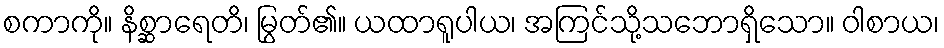
စကာကို။ နိစ္ဆာရေတိ၊ မြွတ်၏။ ယထာရူပါယ၊ အကြင်သို့သဘောရှိသော။ ဝါစာယ၊